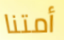
أمتنا